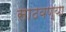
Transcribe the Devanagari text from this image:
साठवण्या